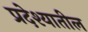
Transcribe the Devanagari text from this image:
प्रदेश्यातील